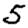
Digit: 5